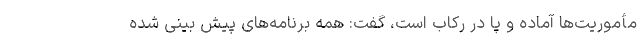
مأموریت‌ها آماده و پا در رکاب است، گفت: همه‌ برنامه‌های پیش بینی شده